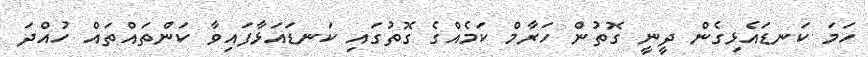
ހަމަ ކަނޑައެޅިގެން ދީނީ ގޮތުން ހަރާމް ކަމެއްގެ ގޮތުގައި ކަނޑައަޅާފައިވާ ކަންތައްތައް ހުއްދަ